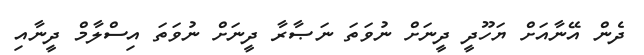
ދެން އޭނާއަށް ޔަހޫދީ ދީނަށް ނުވަތަ ނަޞާރާ ދީނަށް ނުވަތަ އިސްލާމް ދީނާއި